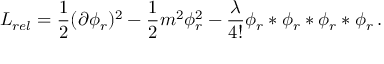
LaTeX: { \cal L } _ { r e l } = \frac { 1 } { 2 } ( \partial \phi _ { r } ) ^ { 2 } - \frac { 1 } { 2 } m ^ { 2 } \phi _ { r } ^ { 2 } - \frac { \lambda } { 4 ! } \phi _ { r } * \phi _ { r } * \phi _ { r } * \phi _ { r } \, .